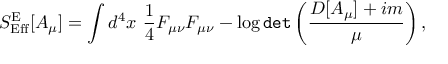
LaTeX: { \cal S } _ { \mathrm { E f f } } ^ { \mathrm { E } } [ A _ { \mu } ] = \int d ^ { 4 } x \ \frac { 1 } { 4 } F _ { \mu \nu } F _ { \mu \nu } - \log { \tt d e t } \left( \frac { D [ A _ { \mu } ] + i m } { \mu } \right) ,